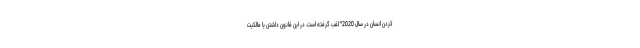
کردن انسان در سال 2020" لقب گرفته است. در این قانون داشتن یا مالکیت